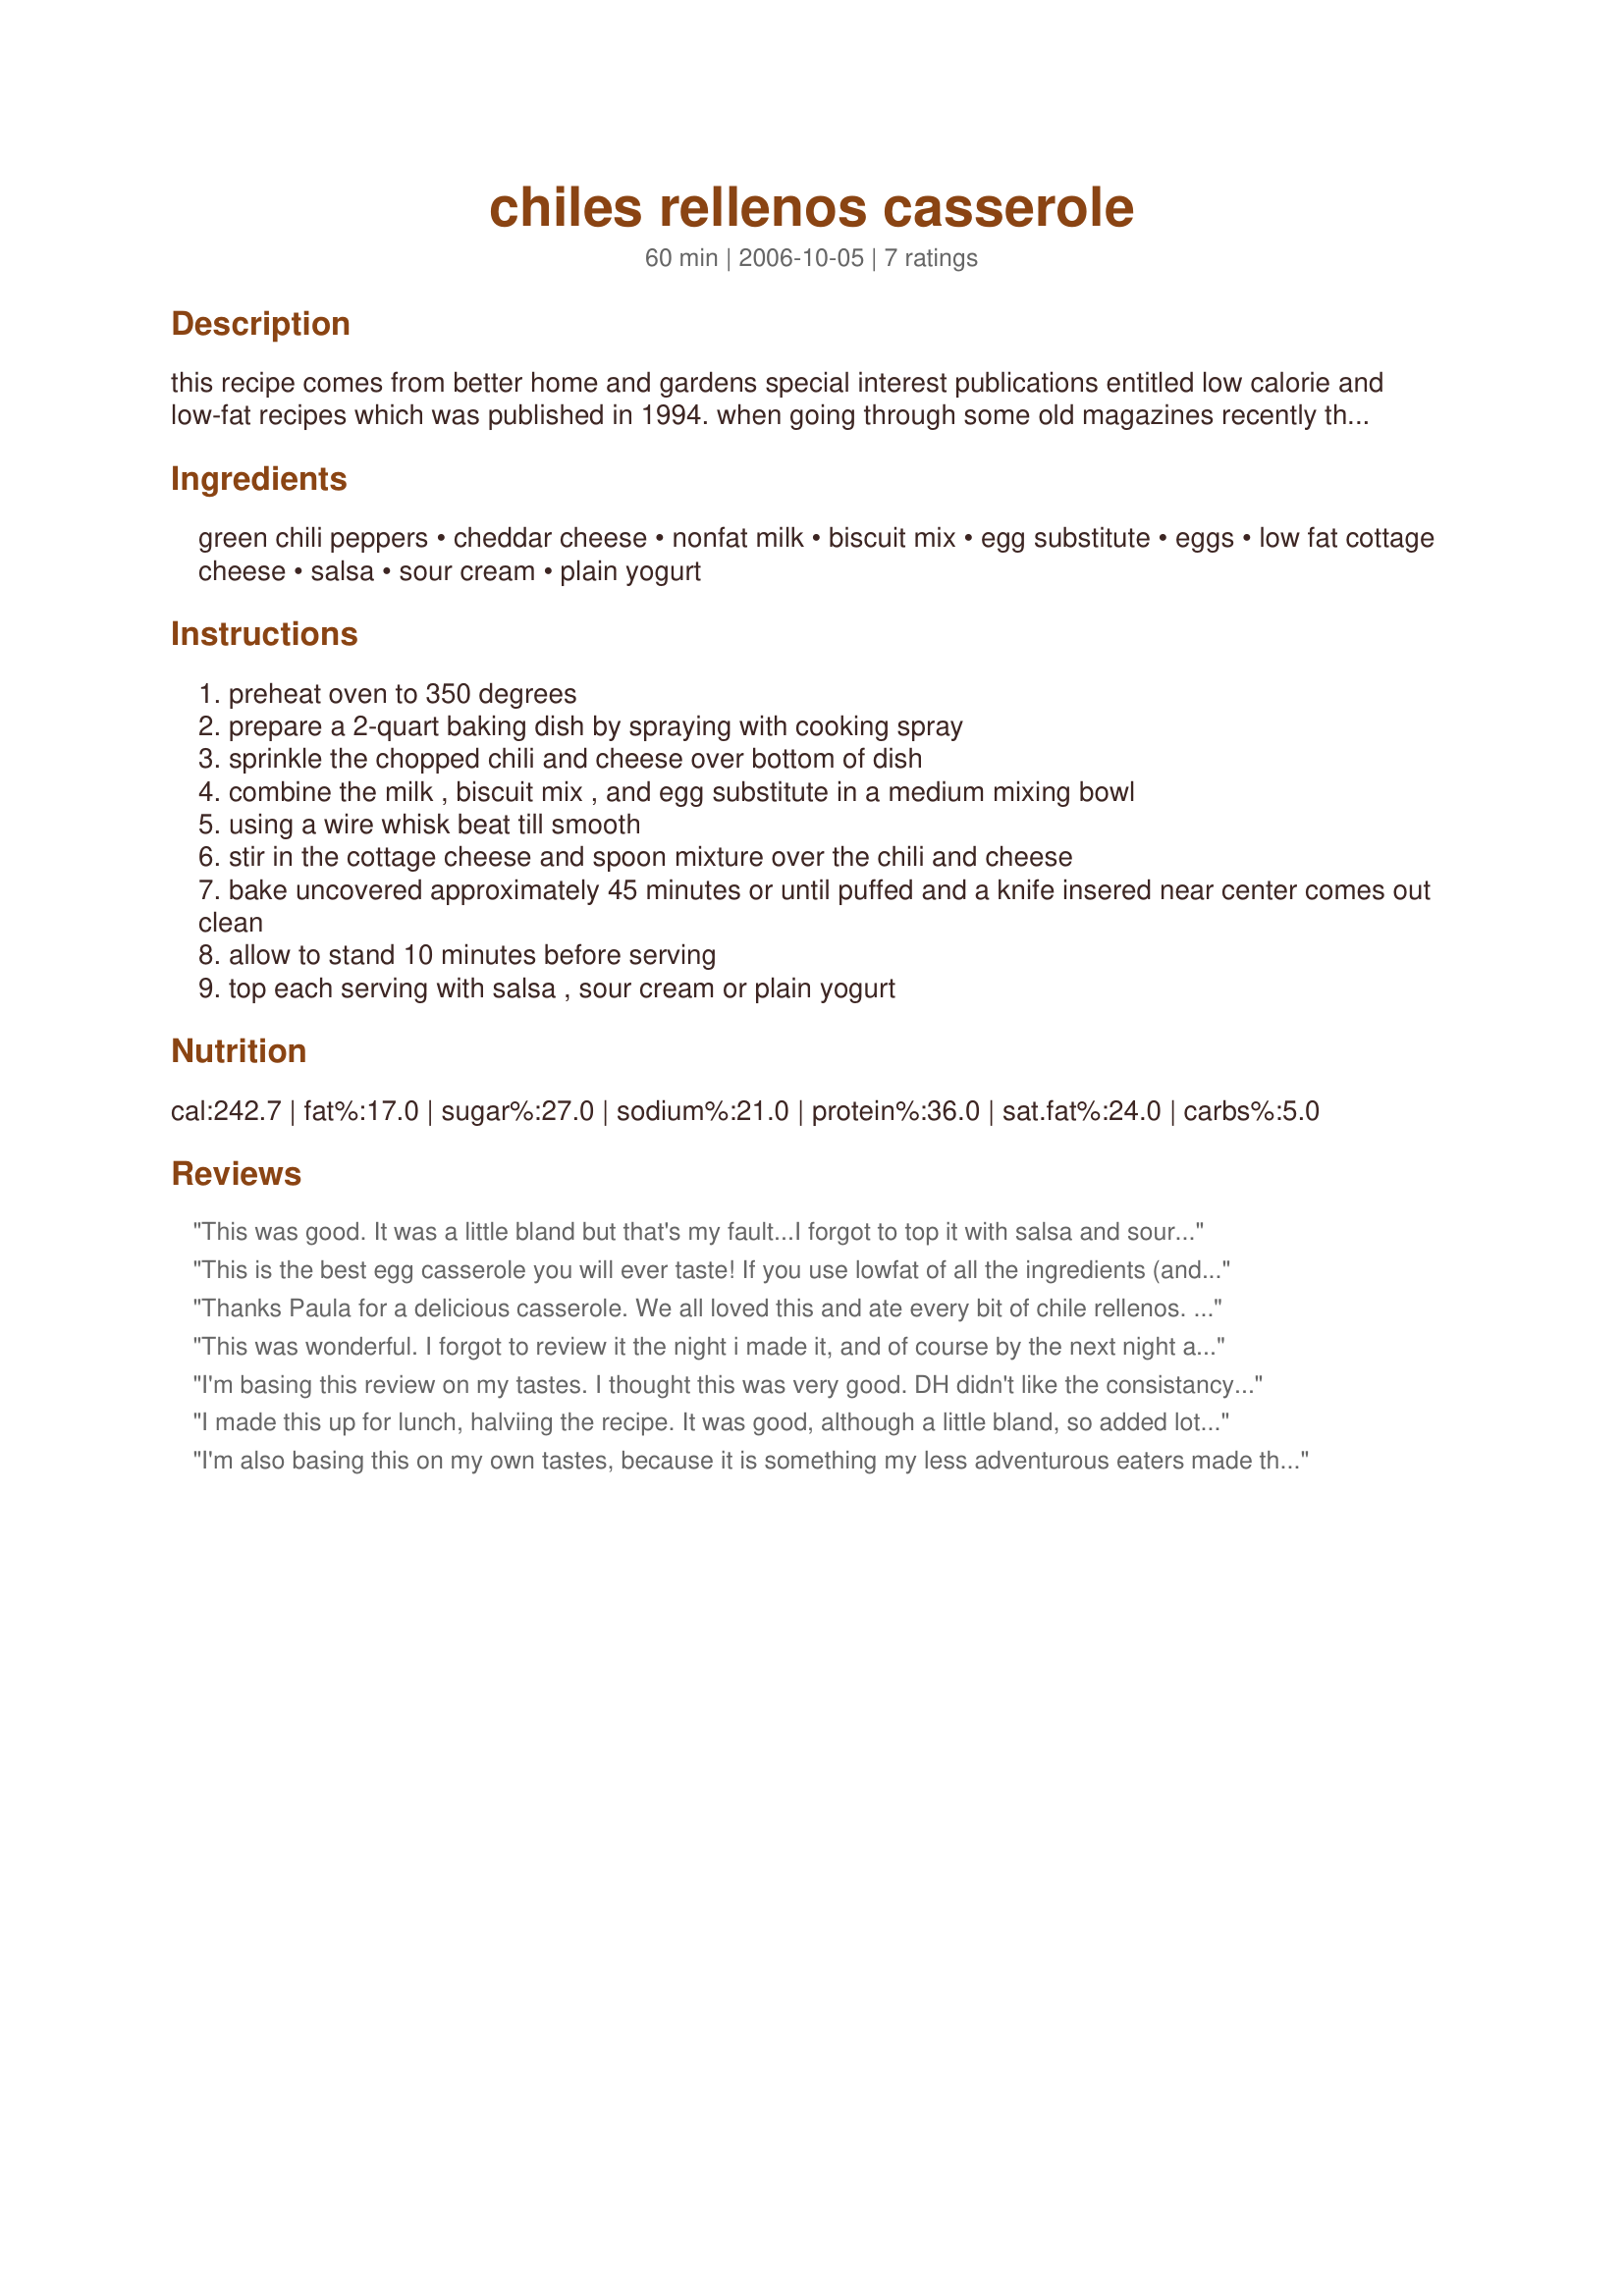
chiles rellenos casserole
Preparation time: 60 minutes

this recipe comes from better home and gardens special interest publications entitled low calorie and low-fat recipes which was published in 1994. when going through some old magazines recently the recipe resurfaced and i decided to post it for safe keeping. hope you enjoy it as much as we do. it is a good alternative to higher fat, higher cholesterol recipes.

Ingredients:
green chili peppers, cheddar cheese, nonfat milk, biscuit mix, egg substitute, eggs, low fat cottage cheese, salsa, sour cream, plain yogurt

Steps:
preheat oven to 350 degrees
prepare a 2-quart baking dish by spraying with cooking spray
sprinkle the chopped chili and cheese over bottom of dish
combine the milk , biscuit mix , and egg substitute in a medium mixing bowl
using a wire whisk beat till smooth
stir in the cottage cheese and spoon mixture over the chili and cheese
bake uncovered approximately 45 minutes or until puffed and a knife insered near center comes out clean
allow to stand 10 minutes before serving
top each serving with salsa , sour cream or plain yogurt

Reviews:
This was good. It was a little bland but that's my fault...I forgot to top it with salsa and sour cream...DUH I will make this again ...following directions LOL
Thanks Paula G ...:)
"Queen uh Cuisine"
This is the best egg casserole you will ever taste! If you use lowfat of all the ingredients (and nonfat milk), you will still get a tasty treat! Plus the serving size is filling!
Thanks Paula for a delicious casserole. We all loved this and ate every bit of chile rellenos. I don&#039;t usually like to make this kind of casserole with eggs and cheese, but if you use low fat milk and low fat cheese, it still comes out very tasty. My family already wants to know when are you making this again. Ha, Ha.
This was wonderful. I forgot to review it the night i made it, and of course by the next night all leftovers were gone so i couldn't even take a pic.

I put some left over seasoned taco meat on top of the chilis and some corn, then the cheese. Its a very versatile recipe
I'm basing this review on my tastes. I thought this was very good. DH didn't like the consistancy. I made as stated using 2% cheddar and fat-free cottage cheese with 1 t cornsarch added. With those changes mine needed about 1 hour in the oven to be firm. The only change I made was to add about 3 T real bacon bits over the cheese. Very yummy and satisfying.
I made this up for lunch, halviing the recipe. It was good, although a little bland, so added lots of salsa, which made it so yummy! Thank you Paula!
I'm also basing this on my own tastes, because it is something my less adventurous eaters made their minds up on before they even gave it a try. The nice thing about it was I threw it together and placed it in the fridge covered then baked it this morning and it turned out just fine. I actually tucked some in a warm corn tortilla with a bit of fresh salsa and some avocado. I think I will take it to church for our fellowship period between Sunday School and church.
Made for the Ausie/NZ Swap 18
